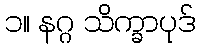
၁။ နဂ္ဂ သိက္ခာပုဒ်